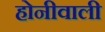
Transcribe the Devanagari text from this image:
होनीवाली